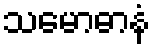
သမောဓာနံ